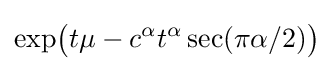
\exp \!{\big (}t\mu -c^{\alpha }t^{\alpha }\sec(\pi \alpha /2){\big )}